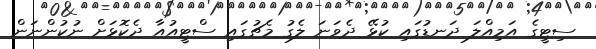
ސިޓީގެ އަމިއްލަ ދަނޑުގައި ކުޅޭ ދެވަނަ ލެގު މެޗުގައި ސްޓީއުއާ ދެކޮޅަށް ނުކުންނަން